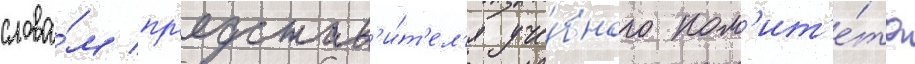
слова́м пр'едстав'и́т'ел'я уче́бного ком'ит'е́та